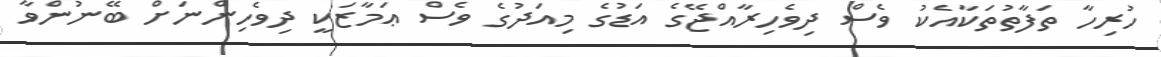
ހުރިހާ ތަފާތުތަކާއެކު ވެސް ދިވެހިރާއްޖޭގެ އަޑުގެ މިއަދުގެ ވެސް ޢަމާޒަކީ ދިވެހިންނަށް ބޭނުންވާ